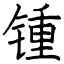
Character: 锺